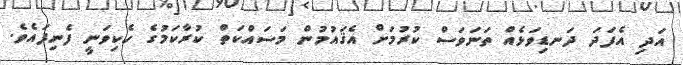
އަދި އެފަދަ ދަނޑިވަޅެއް ތަނަވަސް ކުރުމަށް އެޤައުމުން މަސައްކަތް ކުރާކަމުގެ ހެކިވަނީ ފެނިފައެވެ.